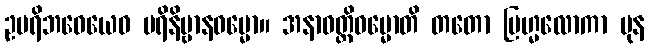
ဥပရိဘဝေယေဝ ပရိနိဗ္ဗာနဓမ္မော။ အနာဝတ္တိဓမ္မောတိ တတော ဗြဟ္မလောကာ ပုန